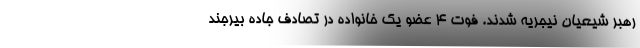
رهبر شیعیان نیجریه شدند. فوت 4 عضو یک خانواده در تصادف جاده بیرجند